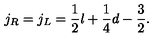
j _ { R } = j _ { L } = \frac { 1 } { 2 } l + \frac { 1 } { 4 } d - \frac { 3 } { 2 } .